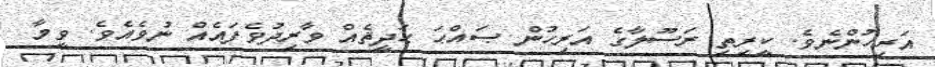
އަރިހުންނެވެ. ކީރިތި ރަސޫލާގެ އަރިހުން ޞައްޙަ ޙަދީޘެއް ވާރިދުވެފައެއް ނުވެއެވެ. ވީމާ